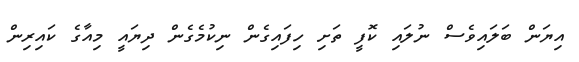
އިޔަން ބަލައިވެސް ނުލައި ކޮފީ ތަށި ހިފައިގެން ނިކުމެގެން ދިޔައީ މިއާގެ ކައިރިން